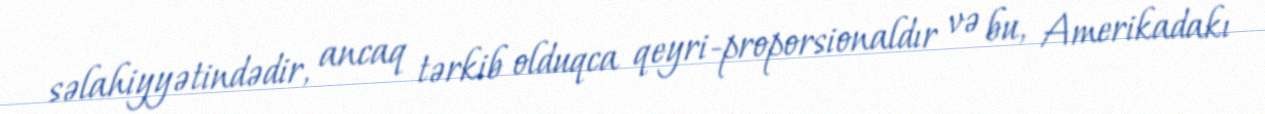
səlahiyyətindədir, ancaq tərkib olduqca qeyri-proporsionaldır və bu, Amerikadakı